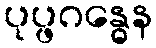
ပုပ္ဖဂန္ဓေန